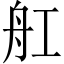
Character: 舡